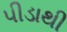
પીડાથી